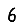
Digit: 6